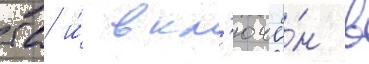
тс и́ вкл'ючё́н в